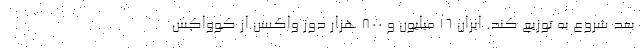
بعد شروع به توزیع کند. ایران ۱۶ میلیون و ۸۰۰ هزار دوز واکسن از کوواکس